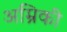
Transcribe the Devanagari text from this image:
अम्रिकी